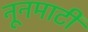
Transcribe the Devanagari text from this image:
नूनमाटी